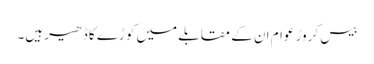
بیس کروڑ عوام ان کے مقابلے میں کوڑے کا ڈھیر ہیں۔